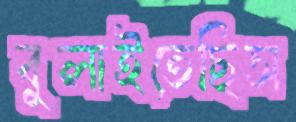
বুলাইতেছিস